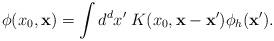
LaTeX: \begin{align*}\phi(x_0,{\bf x}) = \int d^dx'\; K(x_0, {\bf x} - {\bf x}') \phi_h({\bf x}').\end{align*}